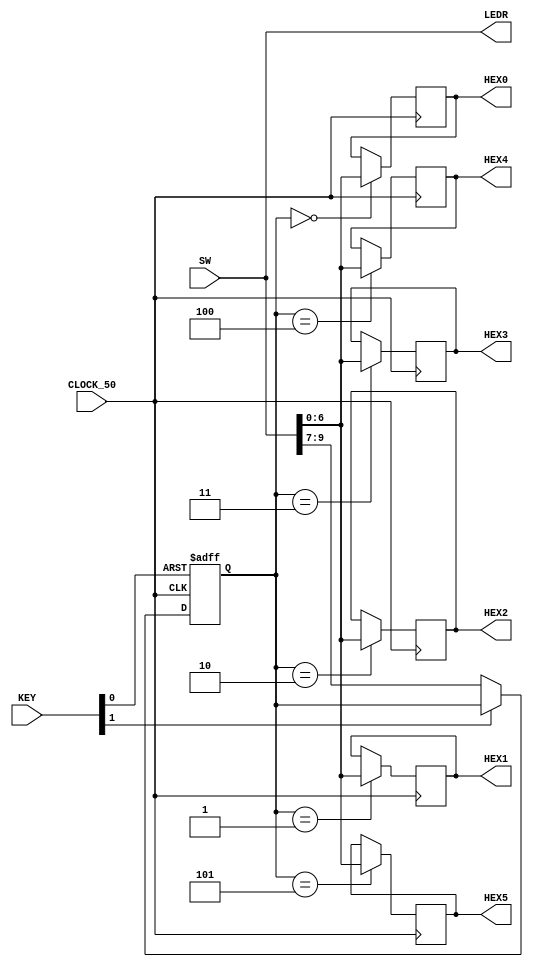
`default_nettype none   // force the explicit declaration of all signal types

module top (CLOCK_50, SW, KEY, HEX0, HEX1, HEX2, HEX3, HEX4, HEX5, LEDR);

    input wire CLOCK_50;        // DE-series 50 MHz clock signal
    input wire [9:0] SW;        // DE-series switches
    input wire [3:0] KEY;       // DE-series pushbuttons

    output reg [6:0] HEX0;      // DE-series HEX displays
    output reg [6:0] HEX1;
    output reg [6:0] HEX2;
    output reg [6:0] HEX3;
    output reg [6:0] HEX4;
    output reg [6:0] HEX5;

    output wire [9:0] LEDR;     // DE-series LEDs   

    assign LEDR = SW;

    reg [2:0] Addr;             // used to select a HEX display

    always @ (posedge CLOCK_50 or negedge KEY[0])
        if (KEY[0] == 0)
            Addr <= 3'b0;
        else if (KEY[1] == 0)
            Addr <= SW[9:7];

    always @ (posedge CLOCK_50)
        case (Addr)
            3'b000:  HEX0 <= SW[6:0];
            3'b001:  HEX1 <= SW[6:0];
            3'b010:  HEX2 <= SW[6:0];
            3'b011:  HEX3 <= SW[6:0];
            3'b100:  HEX4 <= SW[6:0];
            3'b101:  HEX5 <= SW[6:0];
            default: ;
        endcase

endmodule